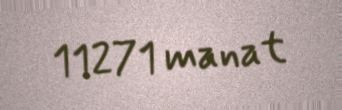
11271 manat